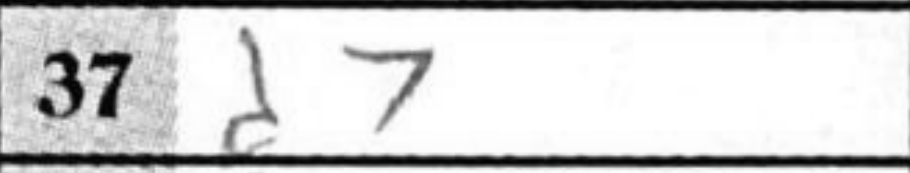
Transcription: d7